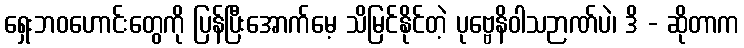
ရှေးဘဝဟောင်းတွေကို ပြန်ပြီးအောက်မေ့ သိမြင်နိုင်တဲ့ ပုဗ္ဗေနိဝါသဉာဏ်ပဲ၊ ဒိ - ဆိုတာက